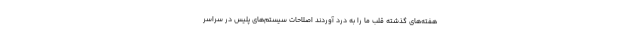
هفته‌های گذشته قلب ما را به درد آوردند اصلاحات سیستم‌های پلیس در سراسر